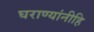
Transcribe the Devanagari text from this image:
घराण्यांनीहि